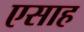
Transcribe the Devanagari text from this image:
एसाह